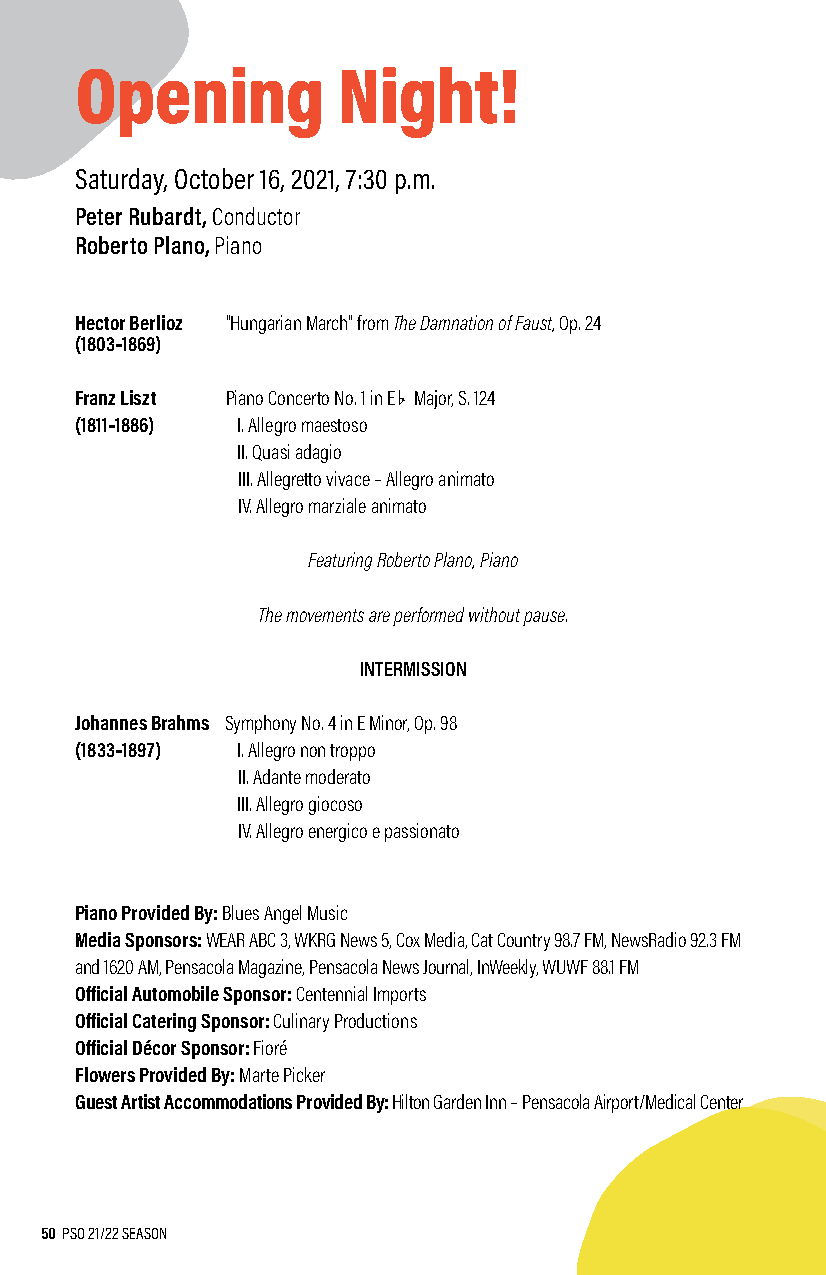
Opening          Night!
 Saturday, October 16, 2021, 7:30 p.m.
 Peter Rubardt, Conductor
 Roberto Plano, Piano
 Hector Berlioz "Hungarian March" from The Damnation of Faust, Op. 24
 (1803–1869)
 b
 Franz Liszt Piano Concerto No. 1 in E Major, S. 124
 (1811–1886) I. Allegro maestoso
 II. Quasi adagio
 III. Allegretto vivace – Allegro animato
 IV. Allegro marziale animato
 Featuring Roberto Plano, Piano
 The movements are performed without pause.
 INTERMISSION
 Johannes Brahms Symphony No. 4 in E Minor, Op. 98
 (1833–1897) I. Allegro non troppo
 II. Adante moderato
 III. Allegro giocoso
 IV. Allegro energico e passionato
 Piano Provided By: Blues Angel Music
 Media Sponsors: WEAR ABC 3, WKRG News 5, Cox Media, Cat Country 98.7 FM, NewsRadio 92.3 FM
 and 1620 AM, Pensacola Magazine, Pensacola News Journal, InWeekly, WUWF 88.1 FM
 Official Automobile Sponsor: Centennial Imports
 Official Catering Sponsor: Culinary Productions
 Official Décor Sponsor: Fioré
 Flowers Provided By: Marte Picker
 Guest Artist Accommodations Provided By: Hilton Garden Inn – Pensacola Airport/Medical Center
 50 PSO 21/22 SEASON